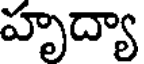
హృద్యా